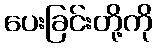
ပေးခြင်းတို့ကို